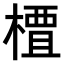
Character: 𫞍